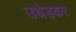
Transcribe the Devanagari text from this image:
उधेड़कर